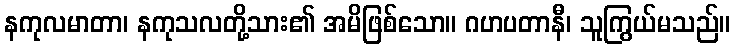
နကုလမာတာ၊ နကုသလတို့သား၏ အမိဖြစ်သော။ ဂဟပတာနီ၊ သူကြွယ်မသည်။